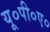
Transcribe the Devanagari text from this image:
यू०पी०ए०